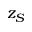
z _ { S }